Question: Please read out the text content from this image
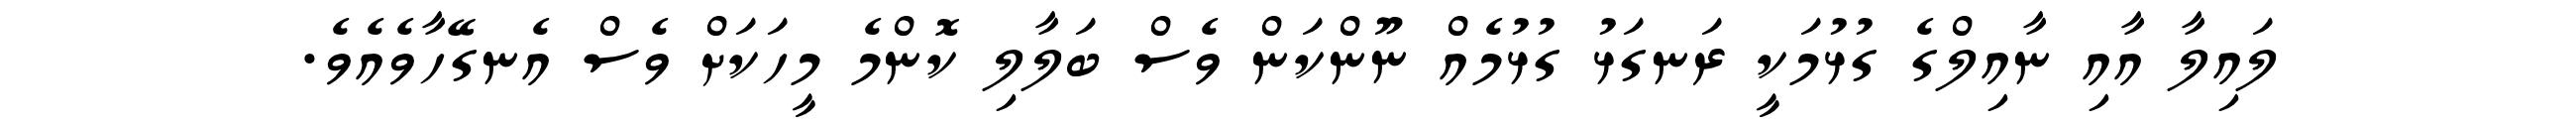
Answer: ލައިލާ އާއި ނާއިލްގެ ގުޅުމަކީ ރަނގަޅު ގުޅުމެއް ނޫންކަން ވެސް ބަލާލި ކޮންމެ މީހަކަށް ވެސް އެނގޭހާވެއެވެ.